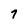
Character: 7